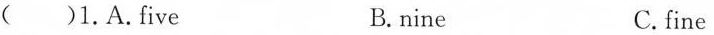
( )1.A.five B.nine C.fine